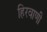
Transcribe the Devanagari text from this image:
हिरवाणी